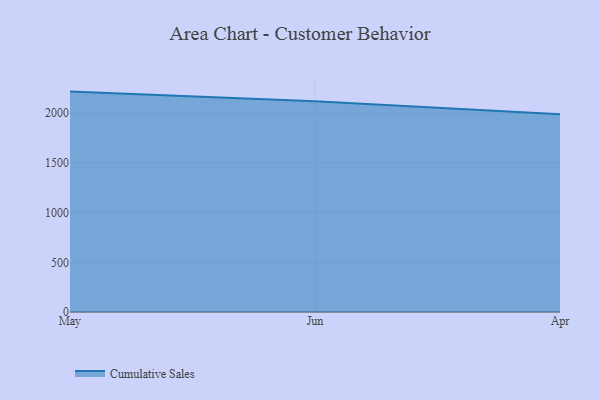
{"axis": {"x": "Month", "y": "Revenue (USD Million)"}, "legend": ["Cumulative Sales"], "data": [{"x": "May", "y": 2218.0, "type": "Cumulative Sales"}, {"x": "Jun", "y": 2121.3, "type": "Cumulative Sales"}, {"x": "Apr", "y": 1990.4, "type": "Cumulative Sales"}]}